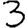
Digit: 3